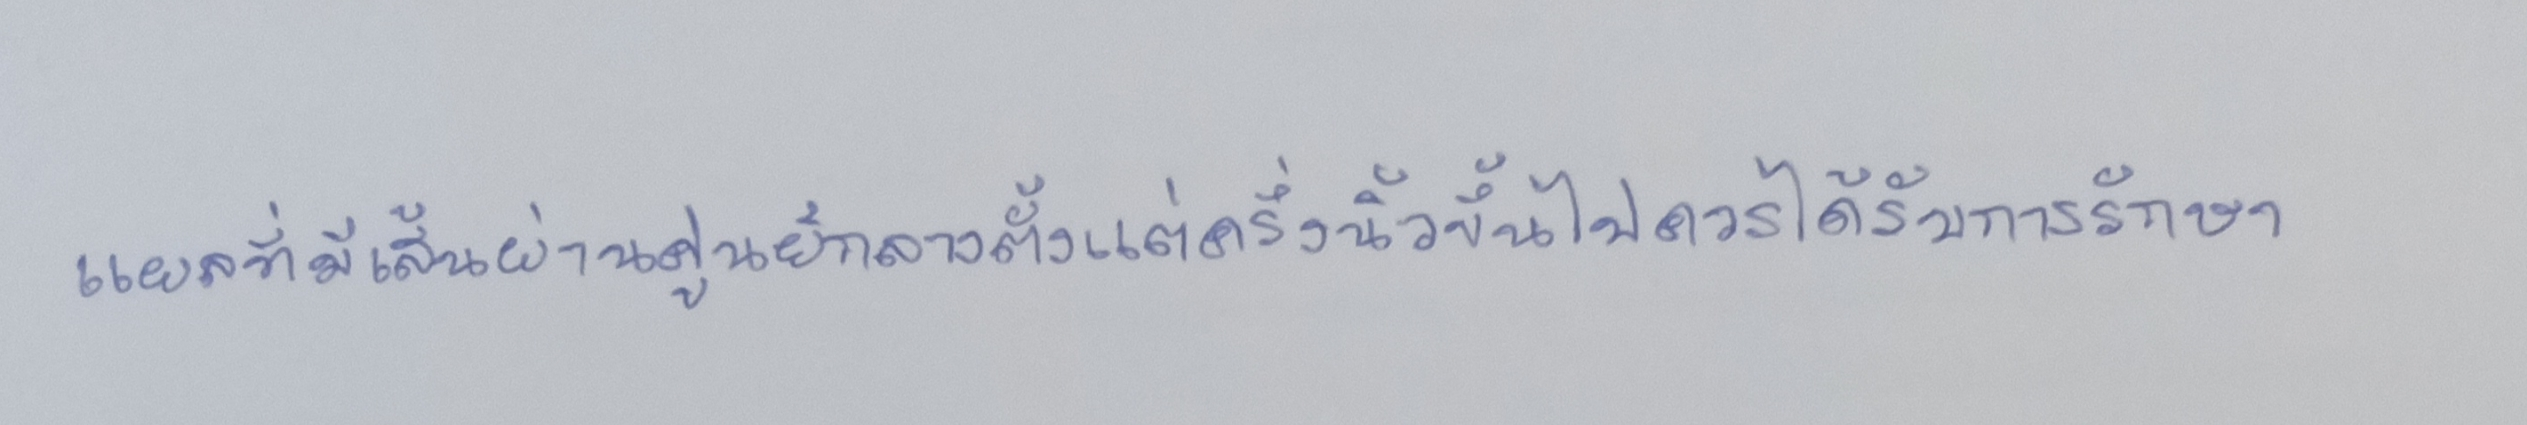
แผลที่มีเส้นผ่านศูนย์กลางตั้งแต่ครึ่งนิ้วขึ้นไปควรได้รับการรักษา